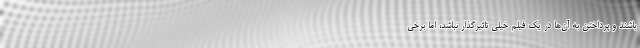
باشند و پرداختن به آن‌ها در یک فیلم خیلی تاثیرگذار نباشد، اما برخی